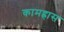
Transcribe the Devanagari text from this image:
कामह्रास